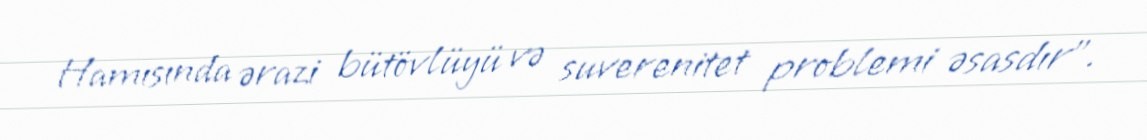
Hamısında ərazi bütövlüyü və suverenitet problemi əsasdır”.